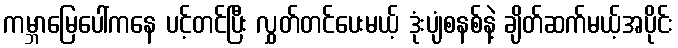
ကမ္ဘာမြေပေါ်ကနေ ပင့်တင်ပြီး လွှတ်တင်ပေးမယ့် ဒုံးပျံစနစ်နဲ့ ချိတ်ဆက်မယ့်အပိုင်း